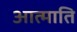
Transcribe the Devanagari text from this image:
आत्माति